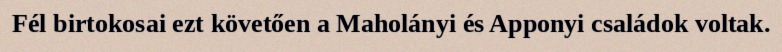
Fél birtokosai ezt követően a Maholányi és Apponyi családok voltak.